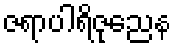
ဇရာပါရိဇုညေန